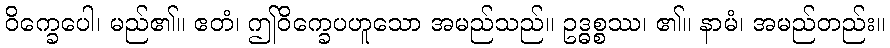
ဝိက္ခေပေါ၊ မည်၏။ ဧတံ၊ ဤဝိက္ခေပဟူသော အမည်သည်။ ဥဒ္ဓစ္စဿ၊ ၏။ နာမံ၊ အမည်တည်း။